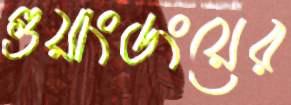
গুয়াংডংয়ের